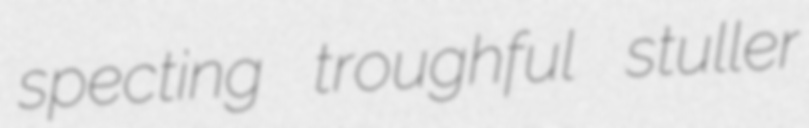
specting troughful stuller